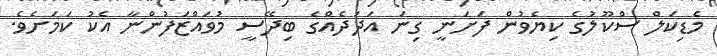
މެޑިކަލް ސްކޫލުގެ ކިޔެވުން ފަށަނީ ގިނަ އަދަދެއްގެ ބިދޭސީ މުވައްޒަފުންނާ އެކު ކަމަށެވެ.